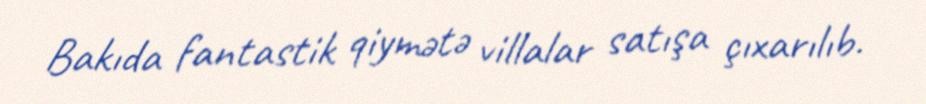
Bakıda fantastik qiymətə villalar satışa çıxarılıb.